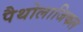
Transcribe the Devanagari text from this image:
पैथोलाजिकल